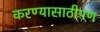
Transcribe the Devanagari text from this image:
करण्यासाठीपण